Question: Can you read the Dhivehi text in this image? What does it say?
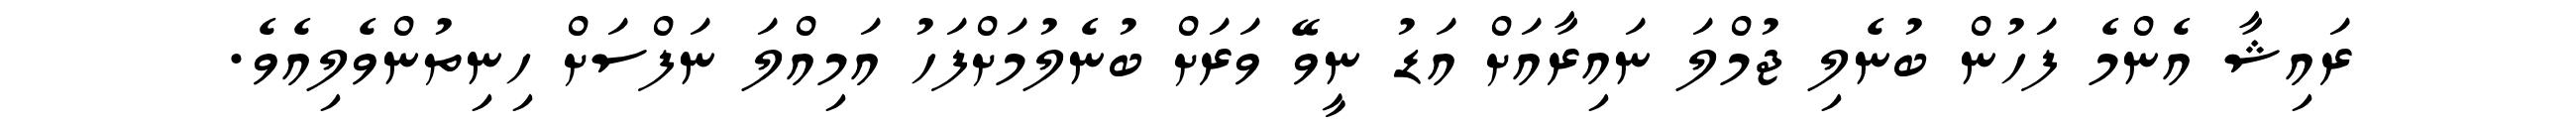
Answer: ރައިޝާ އެންމެ ފަހުން ބުނެލި ޖުމްލަ ނައިރާއަށް އަޑު ނީވޭ ވަރަށް ބުނެލުމަށްފަހު އަމިއްލަ ނަފްސަށް ހިނިތުންވެލިއެވެ.